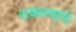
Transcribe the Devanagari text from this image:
शकल्याचे